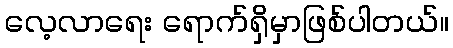
လေ့လာရေး ရောက်ရှိမှာဖြစ်ပါတယ်။